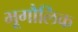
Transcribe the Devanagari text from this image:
भूगौलिक